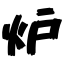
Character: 炉